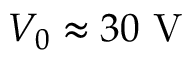
V _ { 0 } \approx 3 0 ~ \mathrm { V }